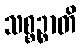
သစ္စဉ္စာတိ